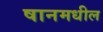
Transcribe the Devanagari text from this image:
षानमधील